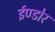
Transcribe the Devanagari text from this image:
ईण्डोर